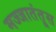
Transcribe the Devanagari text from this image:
मज्जातंतूस